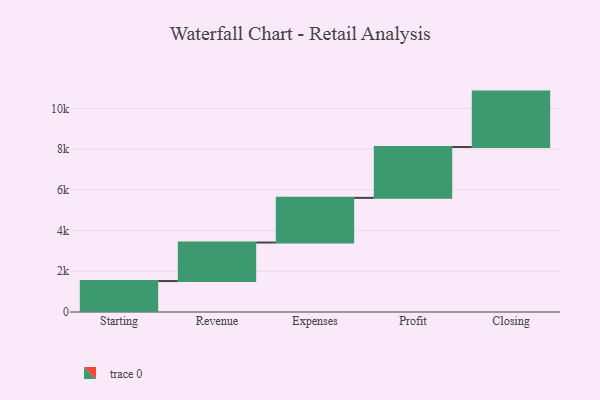
{"axis": {"x": "Step", "y": "Value"}, "legend": [""], "data": [{"x": "Starting", "y": 1520.0, "type": ""}, {"x": "Revenue", "y": 1892.0, "type": ""}, {"x": "Expenses", "y": 2194.0, "type": ""}, {"x": "Profit", "y": 2498.0, "type": ""}, {"x": "Closing", "y": 2721.0, "type": ""}]}